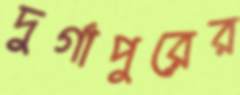
দুর্গাপুরের